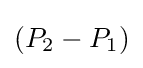
(P_{2}-P_{1})